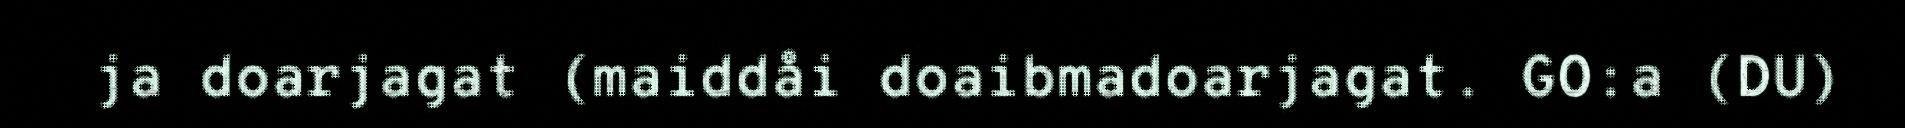
ja doarjagat (maiddåi doaibmadoarjagat. GO:a (DU)